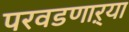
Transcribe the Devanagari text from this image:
परवडणाऱ्या